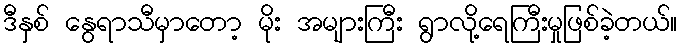
ဒီနှစ် နွေရာသီမှာတော့ မိုး အများကြီး ရွာလို့ရေကြီးမှုဖြစ်ခဲ့တယ်။